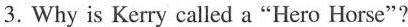
3.Why is Kerry called a "Hero Horse"?